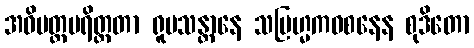
အဓိမတ္တပရိတ္တတာ ရူပသန္တာနေ သဗြဟ္မကဝစနေန စုဒိတော